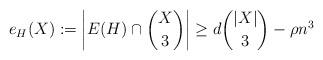
LaTeX: \begin{align*}e_H(X) := \left| E(H) \cap \binom{X}{3} \right| \geq d\binom{|X|}{3} -\rho n^3\end{align*}